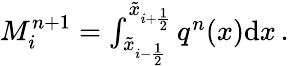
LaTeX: \begin{array}{r}{M_{i}^{n+1}=\int_{\tilde{x}_{i-\frac{1}{2}}}^{\tilde{x}_{i+\frac{1}{2}}}q^{n}(x)\mathrm{d}x\, .}\end{array}